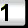
Digit: 1